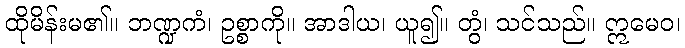
ထိုမိန်းမ၏။ ဘဏ္ဍကံ၊ ဥစ္စာကို။ အာဒါယ၊ ယူ၍။ တွံ၊ သင်သည်။ ဣမေဝ၊